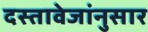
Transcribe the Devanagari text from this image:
दस्तावेजांनुसार